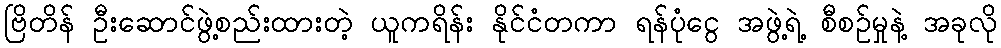
ဗြိတိန် ဦးဆောင်ဖွဲ့စည်းထားတဲ့ ယူကရိန်း နိုင်ငံတကာ ရန်ပုံငွေ အဖွဲ့ရဲ့ စီစဥ်မှုနဲ့ အခုလို